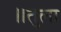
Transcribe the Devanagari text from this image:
॥तुला